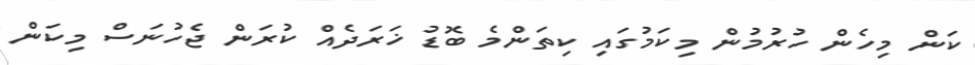
ކަން މިހެން ހުރުމުން މިކަމުގައި ކިތަންމެ ބޮޑު ޚަރަދެއް ކުރަން ޖެހުނަސް މިކަން